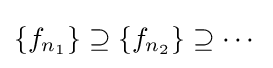
\left\{f_{n_{1}}\right\}\supseteq \left\{f_{n_{2}}\right\}\supseteq \cdots